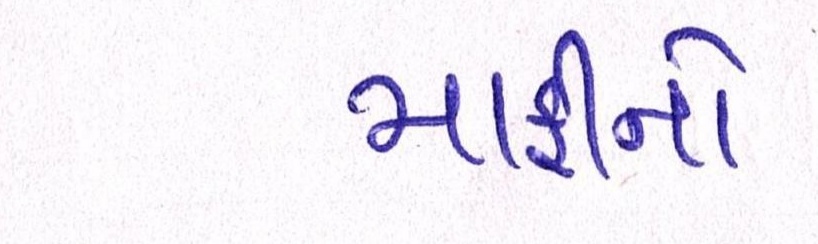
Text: માફીનો